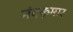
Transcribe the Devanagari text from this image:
नंदकूमार